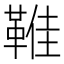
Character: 𩋔